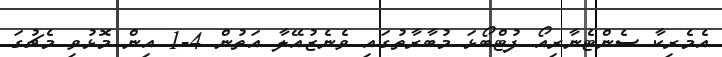
އެމެރިކާ ސެންޓެނާރިއޯ ފުޓްބޯޅަ މުބާރާތުގައި ވެނެޒުއޭލާ އަތުން 4-1 އިން މޮޅުވި މެޗުގަ